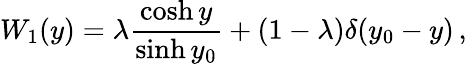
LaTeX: W_{1}(y)=\lambda\frac{\cosh y}{\sinh y_{0}}+(1-\lambda)\delta(y_{0}-y)\, ,